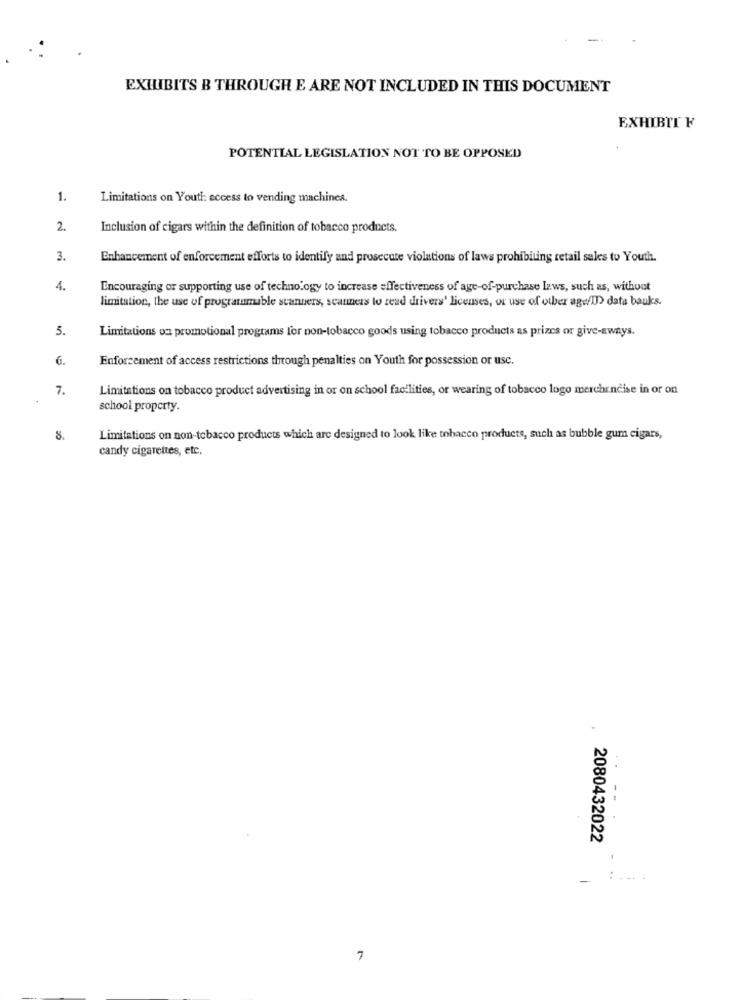
EXHIBITS B THROUGH E ARE NOT INCLUDED IN THIS DOCUMENT
EXHIBIT F
POTENTIAL LEGISLATION NOT TO BE OPPOSED
1.
Limitations on Youth access to vending machines.
2.
Inclusion of cigars within the definition of tobacco products.
3.
Enhancement of enforcement efforts to identify and prosecute violations of laws prohibiting retail sales to Youth.
4.
Encouraging or supporting use of technology to increase effectiveness of age-of-purchase laws, such as, without
limitation, the use of programmable scanners, scanners to read drivers' licenses, or use of other age/ID) data bauks.
5.
Limitations on promotional programs for non-tobacco goods using tobacco products as prizes or give-aways.
6.
Enforcement of access restrictions through penalties on Youth for possession or use.
7.
Limitations on tobacco product advertising in or on school facilities, or wearing of tobacco logo merchandise in or on
school property.
8.
Limitations on non-tobacco products which are designed to look like tobacco products, such as bubble gum cigars,
candy cigarettes, etc.
--
2080432022
-
:. .
7